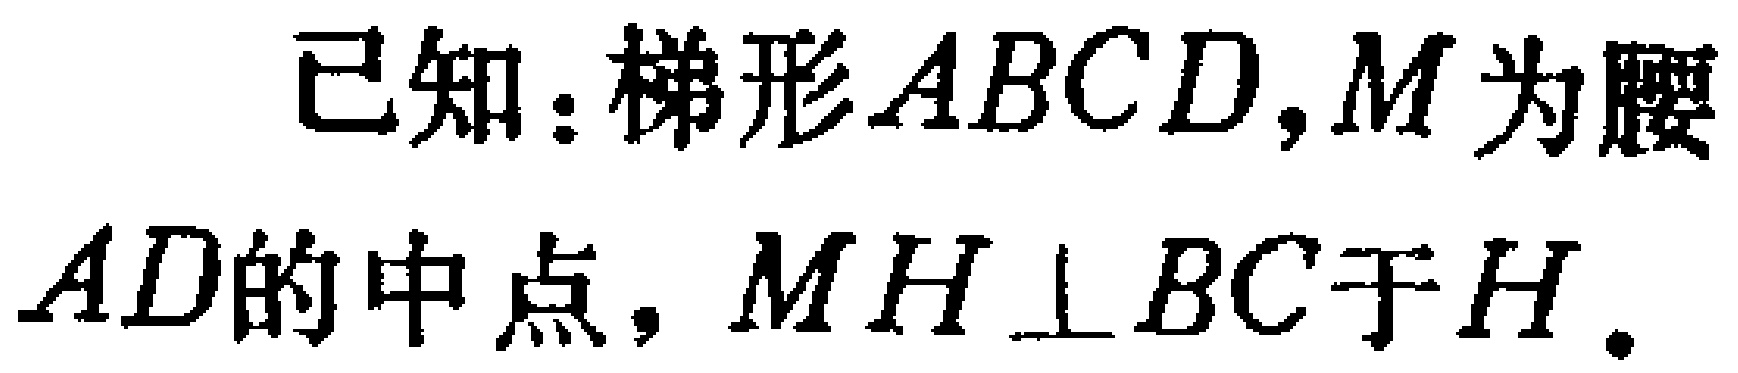
已知：梯形\(ABCD\)，\(M\)为腰\(AD\)的中点，\(MH\perp BC\)于\(H\)。